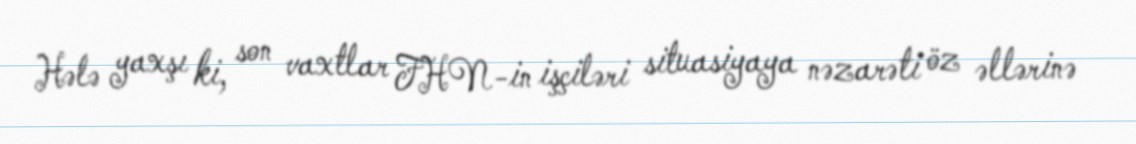
Hələ yaxşı ki, son vaxtlar FHN-in işçiləri situasiyaya nəzarəti öz əllərinə